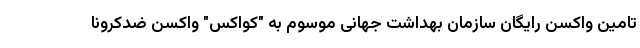
تامین واکسن رایگان سازمان بهداشت جهانی موسوم به "کواکس" واکسن ضدکرونا